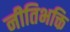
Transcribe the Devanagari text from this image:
नीतिभक्ति